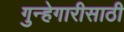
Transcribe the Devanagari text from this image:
गुन्हेगारीसाठी